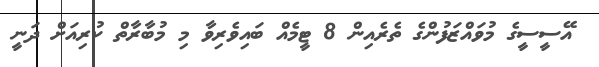
އޭސީސީގެ މުވައްޒަފުންގެ ތެރެއިން 8 ޓީމެއް ބައިވެރިވާ މި މުބާރާތް ކުރިއަށް ދަނީ